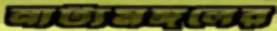
নাট্যমঙ্গলের